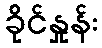
ခိုင်နှုန်း